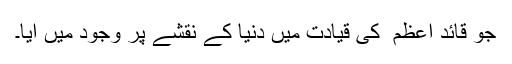
جو قائد اعظم ؒ کی قیادت میں دنیا کے نقشے پر وجود میں آیا۔